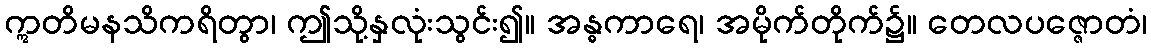
ဣတိမနသိကရိတွာ၊ ဤသို့နှလုံးသွင်း၍။ အန္ဓကာရေ၊ အမိုက်တိုက်၌။ တေလပဇ္ဇောတံ၊